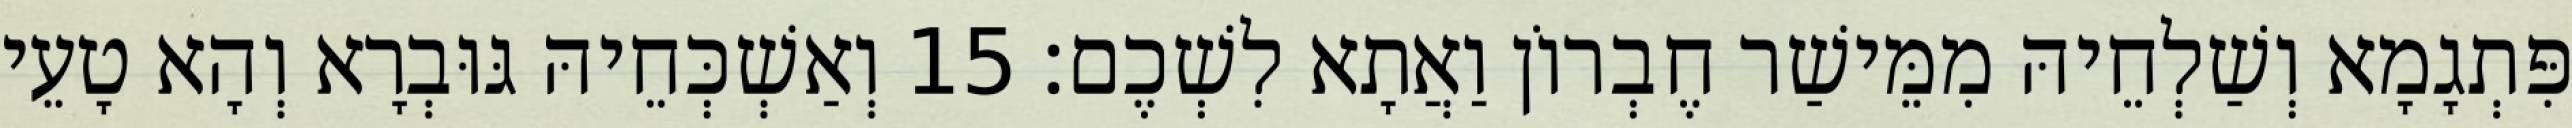
פִּתְגָמָא וְשַׁלְחֵיהּ מִמֵּישַׁר חֶבְרוֹן וַאֲתָא לִשְׁכֶם׃ 15 וְאַשְׁכְּחֵיהּ גּוּבְרָא וְהָא טָעֵי